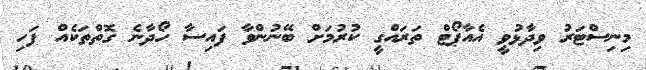
މިނިސްޓަރު ވިދާޅުވީ އެއާޕޯޓް ތަރައްގީ ކުރުމަށް ބޭނުންވާ ފައިސާ ހޯދާނެ ގޮތްތަކެއް ފަހި